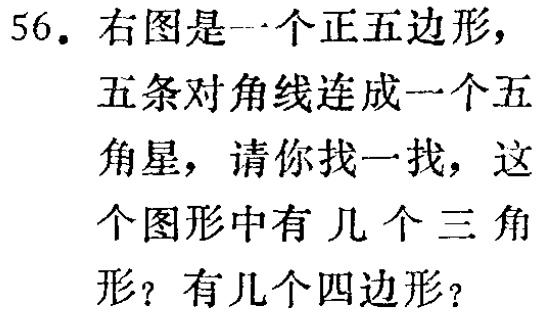
56. 右图是一个正五边形，五条对角线连成一个五角星，请你找一找，这个图形中有几个三角形？有几个四边形？